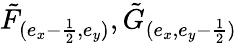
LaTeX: \tilde{F}_{(e_{x}-\frac{1}{2},e_{y})},\tilde{G}_{(e_{x},{e_{y}-\frac{1}{2}})}